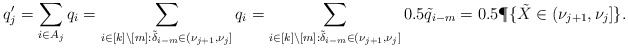
\begin{align*}q'_j &= \sum_{i \in A_j} q_i = \sum_{i \in [k]\setminus [m]: \tilde{\delta}_{i-m} \in (\nu_{j+1}, \nu_{j}]} q_i = \sum_{i \in [k]\setminus [m]: \tilde{\delta}_{i-m} \in (\nu_{j+1}, \nu_{j}]} 0.5 \tilde{q}_{i-m} = 0.5 \P\{ \tilde{X} \in (\nu_{j+1}, \nu_{j} ]\}.\end{align*}